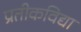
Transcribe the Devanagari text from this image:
प्रतीकविद्या